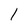
Character: 1